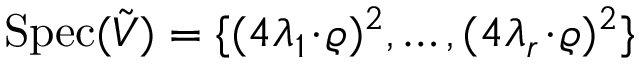
\mathrm { S p e c } ( \tilde { V } ) = \{ ( 4 \lambda _ { 1 } \! \cdot \! \varrho ) ^ { 2 } , \ldots , ( 4 \lambda _ { r } \! \cdot \! \varrho ) ^ { 2 } \}